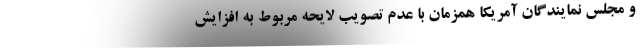
و مجلس نمایندگان آمریکا همزمان با عدم تصویب لایحه مربوط به افزایش